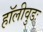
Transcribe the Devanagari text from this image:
हॉलीवुडः